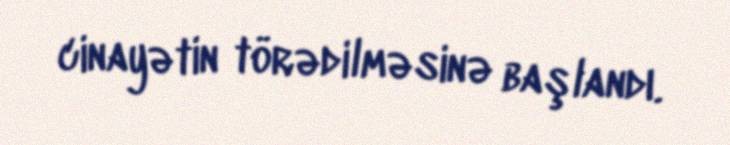
cinayətin törədilməsinə başlandı.